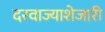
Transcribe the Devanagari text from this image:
दरवाज्याशेजारी